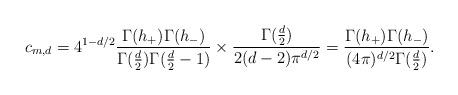
LaTeX: \begin{align*}c_{m,d} = 4^{1 - d/2}\frac{\Gamma(h_+) \Gamma(h_-)}{ \Gamma(\frac{d}{2}) \Gamma(\frac{d}{2}-1)} \times \frac{\Gamma(\frac{d}{2})}{ 2(d-2) \pi^{d/2}}= \frac{\Gamma(h_+) \Gamma(h_-)}{(4 \pi)^{d/2} \Gamma(\frac{d}{2})}.\end{align*}